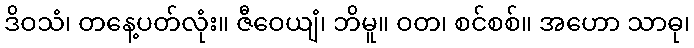
ဒိဝသံ၊ တနေ့ပတ်လုံး။ ဇီဝေယျံ၊ ဘိမူ။ ဝတ၊ စင်စစ်။ အဟော သာဓု၊